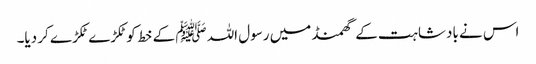
اس نے بادشاہت کے گھمنڈ میں رسول اللہ ﷺ کے خط کوٹکڑے ٹکڑے کر دیا۔